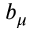
b _ { \mu }